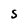
Character: 5